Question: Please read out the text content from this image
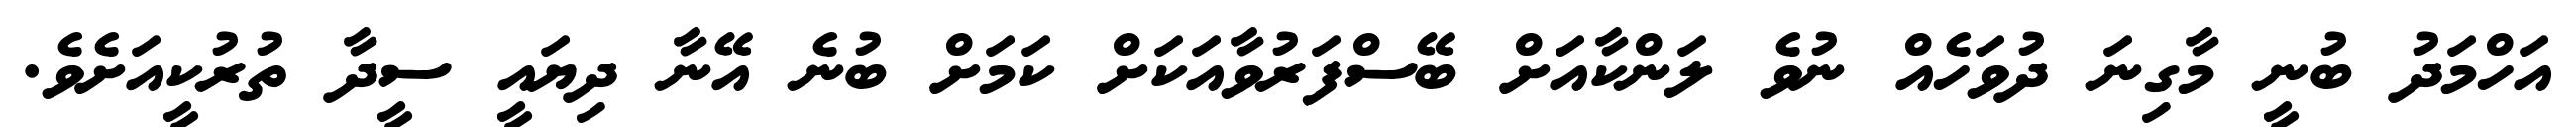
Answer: އަހްމަދު ބުނީ މާގިނަ ދުވަހެއް ނުވެ ލަންކާއަށް ބޭސްފަރުވާއަކަށް ކަމަށް ބުނެ އޭނާ ދިޔައީ ސީދާ ތުރުކީއަށެވެ.